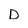
Character: D